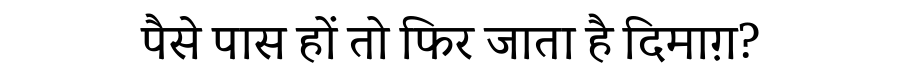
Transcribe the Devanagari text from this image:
पैसे पास हों तो फिर जाता है दिमाग़?